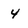
Character: 4